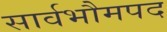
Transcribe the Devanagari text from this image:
सार्वभौमपद